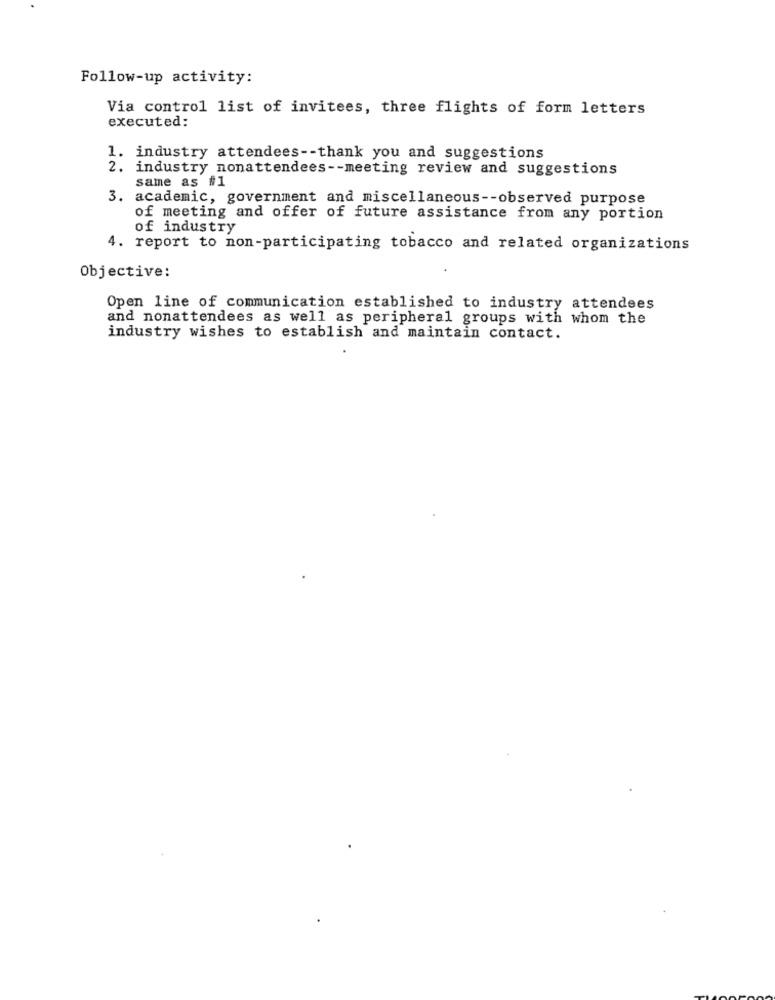
Follow-up activity:
Via control list of invitees, three flights of form letters
executed:
1. industry attendees -- thank you and suggestions
2. industry nonattendees -- meeting review and suggestions
same as #1
3. academic, government and miscellaneous -- observed purpose
of meeting and offer of future assistance from any portion
of industry
4. report to non-participating tobacco and related organizations
Objective:
Open line of communication established to industry attendees
and nonattendees as well as peripheral groups with whom the
industry wishes to establish and maintain contact.